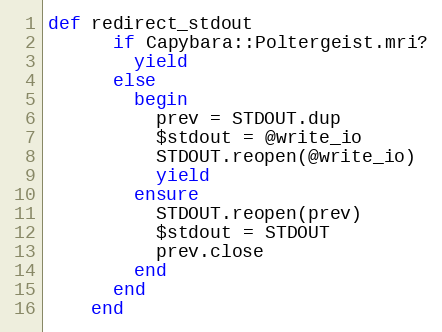
Language: Ruby
def redirect_stdout
      if Capybara::Poltergeist.mri?
        yield
      else
        begin
          prev = STDOUT.dup
          $stdout = @write_io
          STDOUT.reopen(@write_io)
          yield
        ensure
          STDOUT.reopen(prev)
          $stdout = STDOUT
          prev.close
        end
      end
    end